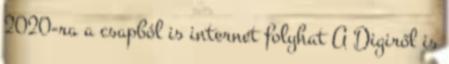
2020-ra a csapból is internet folyhat A Digiről is